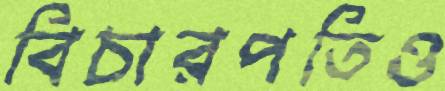
বিচারপতিও